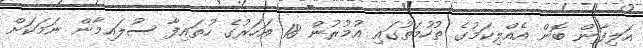
އަލިފާން ބޮން އެއްލިކަމުގެ ތުހުމަތުގައި އުމުރުން 18 އަހަރުގެ ހުތައިފާ ސުލައިމާން ނަމަކަށް